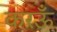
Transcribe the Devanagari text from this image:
करऊँ